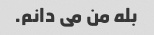
بله من می دانم.